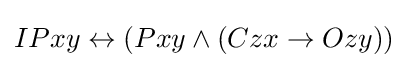
IPxy\leftrightarrow (Pxy\land (Czx\rightarrow Ozy))